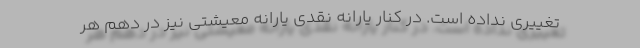
تغییری نداده است. در کنار یارانه نقدی یارانه معیشتی نیز در دهم هر